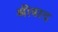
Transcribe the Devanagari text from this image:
श्रीबाद